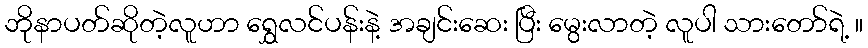
ဘိုနာပတ်ဆိုတဲ့လူဟာ ရွှေလင်ပန်းနဲ့ အချင်းဆေး ပြီး မွေးလာတဲ့ လူပါ သားတော်ရဲ့ ။